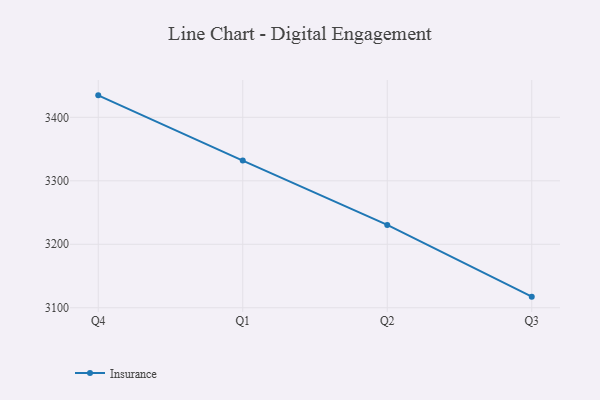
{"axis": {"x": "Quarter", "y": "Population (Million)"}, "legend": ["Insurance"], "data": [{"x": "Q4", "y": 3434.6, "type": "Insurance"}, {"x": "Q1", "y": 3331.8, "type": "Insurance"}, {"x": "Q2", "y": 3230.5, "type": "Insurance"}, {"x": "Q3", "y": 3117.5, "type": "Insurance"}]}